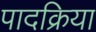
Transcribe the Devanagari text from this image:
पादक्रिया